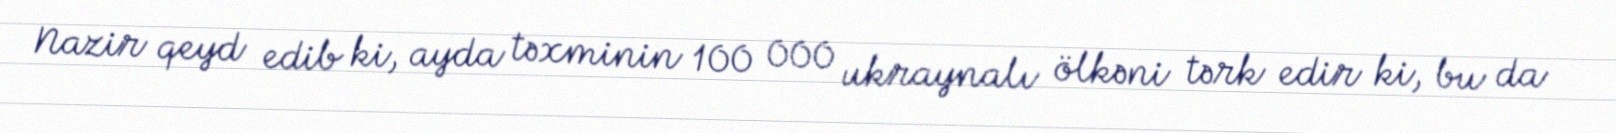
Nazir qeyd edib ki, ayda təxminin 100 000 ukraynalı ölkəni tərk edir ki, bu da